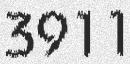
3911